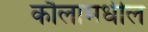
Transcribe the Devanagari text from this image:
कौलामधील